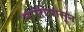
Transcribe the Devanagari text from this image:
नगरांपासून